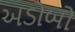
અડોબો